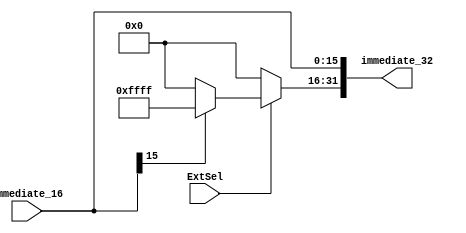
`timescale 1ns / 1ps
//////////////////////////////////////////////////////////////////////////////////
// Company: 
// Engineer: 
// 
// Design Name: 
// Module Name: Extend
// Project Name: 
// Target Devices: 
// Tool Versions: 
// Description: 
// 
// Dependencies: 
// 
// Revision:
// Revision 0.01 - File Created
// Additional Comments:
// 
//////////////////////////////////////////////////////////////////////////////////


module Extend(
    input ExtSel,
    input [15:0] immediate_16,
    output [31:0] immediate_32
    );
    assign immediate_32[15:0] = immediate_16;  
    assign immediate_32[31:16] = ExtSel? (immediate_16[15]? 16'hffff : 16'h0000) : 16'h0000;
endmodule